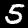
Label: 5